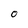
Character: 0